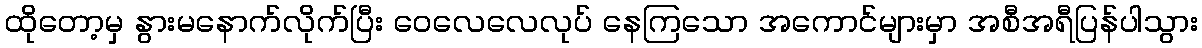
ထိုတော့မှ နွားမနောက်လိုက်ပြီး ဝေလေလေလုပ် နေကြသော အကောင်များမှာ အစီအရီပြန်ပါသွား